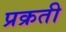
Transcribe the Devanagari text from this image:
प्रक्रती